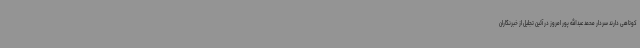
کوتاهی دارند سردار محمد عبدالله پور امروز در آئین تجلیل از خبرنگاران